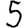
Digit: 5